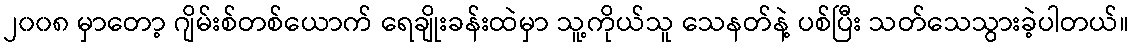
၂၀၀၈ မှာတော့ ဂျိမ်းစ်တစ်ယောက် ရေချိုးခန်းထဲမှာ သူ့ကိုယ်သူ သေနတ်နဲ့ ပစ်ပြီး သတ်သေသွားခဲ့ပါတယ်။